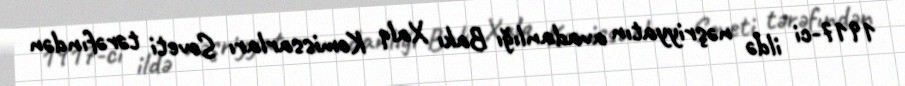
1917-ci ildə nəşriyyatın avadanlığı Bakı Xalq Komissarları Soveti tərəfındən